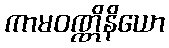
ကာမဝဏ္ဏိနိယော